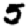
Digit: 5